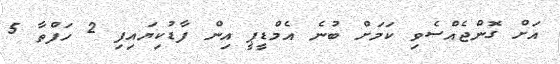
އަށް ގޮންޖެއްސެވި ކަމަށް ބުނެ އެމްޑީޕީ އިން ފާޑުކިޔައިފި 2 ހަފްތާ 5